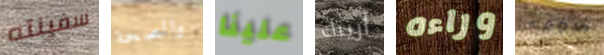
سفينته والصحة علينا أريتك وراءه سوف